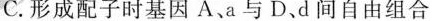
C.形成配子时基因A、a与D、d间自由组合